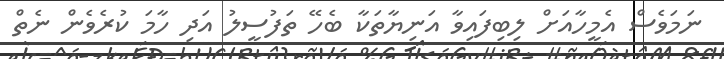
ނަމަވެސް އެމީހާއަށް ލިބިފައިވާ އަނިޔާތަކާ ބެހޭ ތަފުސީލު އަދި ހާމަ ކުރެވެން ނެތް